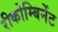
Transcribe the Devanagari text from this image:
रीकोम्बिनेंट